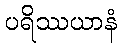
ပရိဿယာနံ